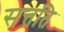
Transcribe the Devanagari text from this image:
सत्तति